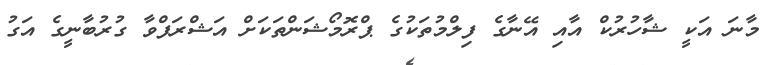
މާނަ އަކީ ޝާހުރުކް އާއި އޭނާގެ ފިލްމުތަކުގެ ޕްރޮމޯޝަންތަކަށް އަޝްރަފްވާ ގުރުބާނީގެ އަގު